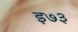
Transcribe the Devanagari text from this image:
इ७३